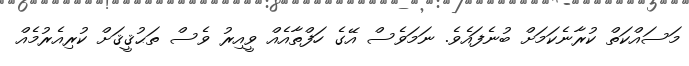
މަސައްކަތް ކުރާނެކަމަށް ބުނެފައެވެ. ނަމަވެސް އޭގެ ހަފްތާއެއް ވީއިރު ވެސް ތަޙުޤީޤަށް ކުރިއެރުމެއް